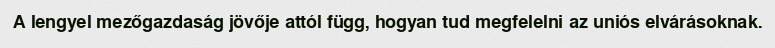
A lengyel mezőgazdaság jövője attól függ, hogyan tud megfelelni az uniós elvárásoknak.